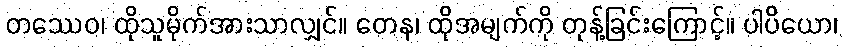
တဿေဝ၊ ထိုသူမိုက်အားသာလျှင်။ တေန၊ ထိုအမျက်ကို တုန့်ခြင်းကြောင့်။ ပါပိယော၊